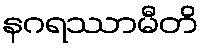
နဂရဿာမီတိ